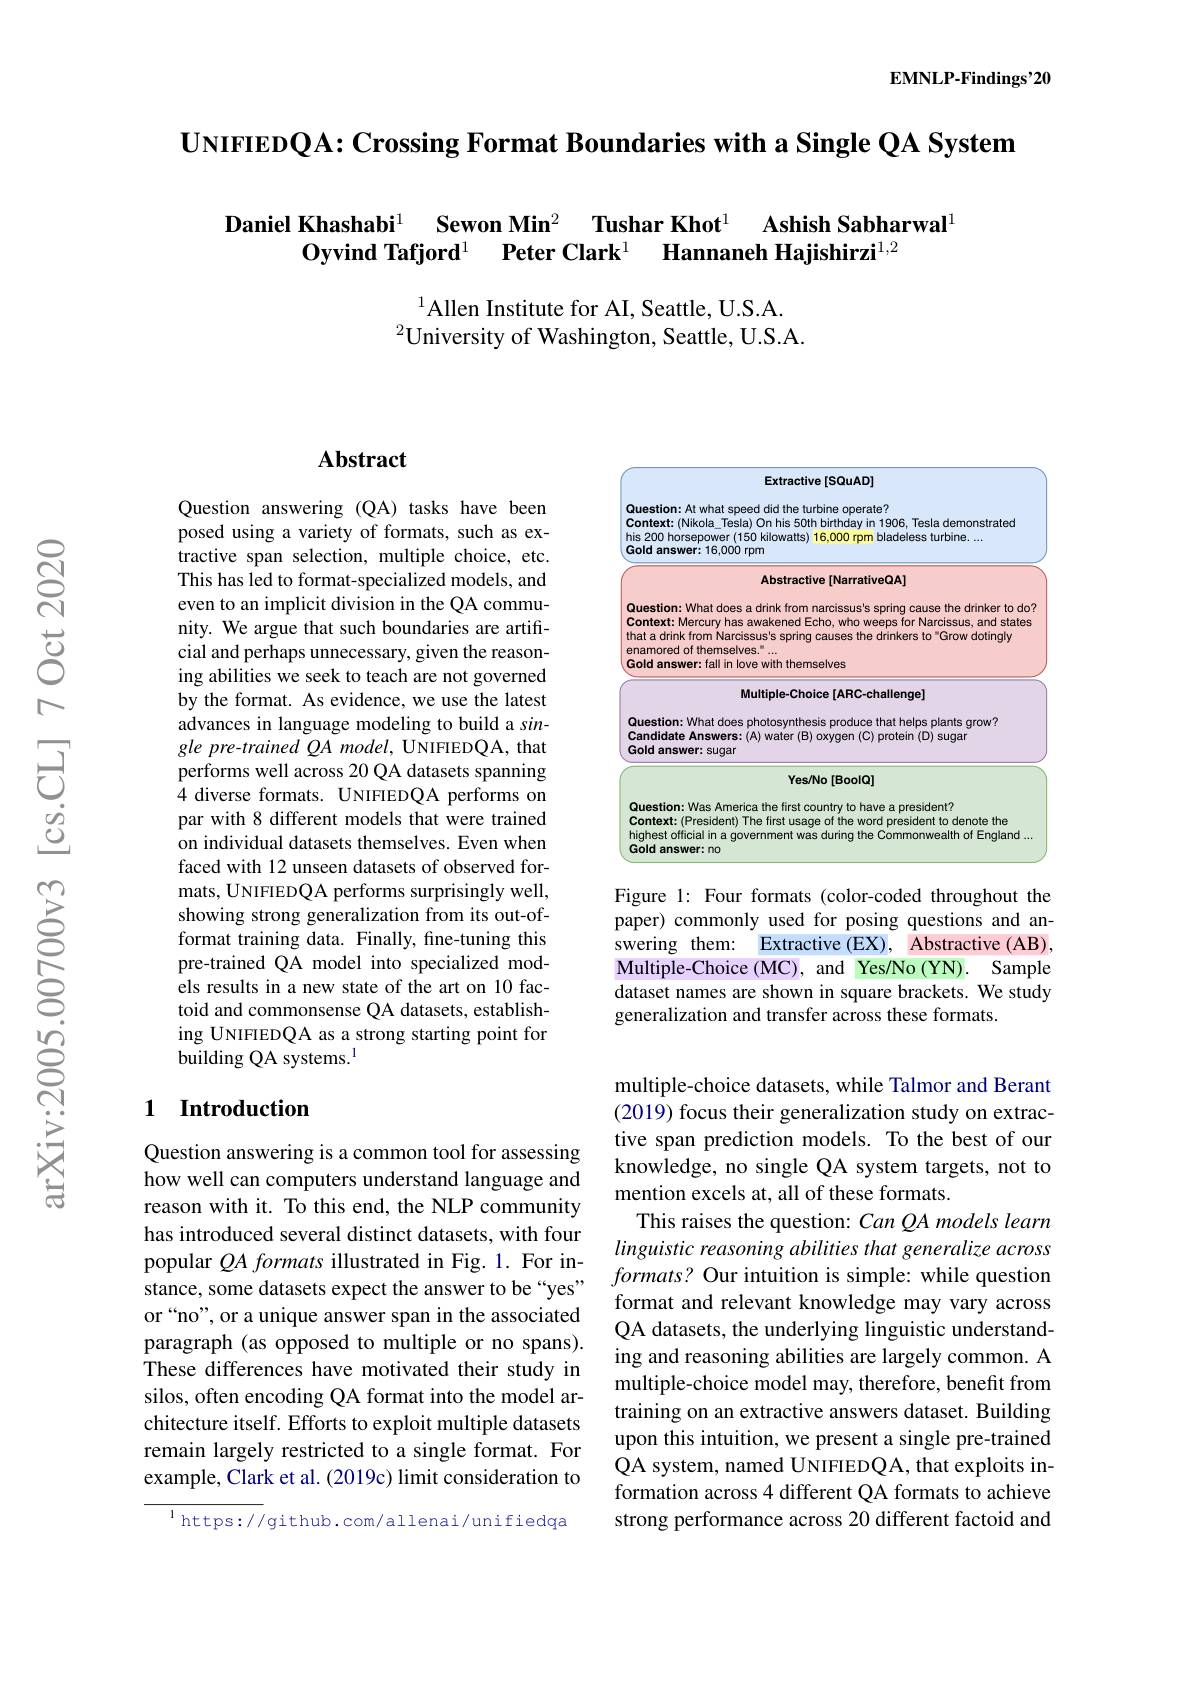
EMNLP-Findings'20

UNIFIEDQA: Crossing Format Boundaries with a Single QA System

Daniel Khashabi$^{1}$ $\textbf{Sewon Min}^{2}$ $\textbf{Tushar Khot}^{1}$
## Ashish Sabharwal$^{1}$
Oyvind Tafjord$^{1}$ Peter Clark$^{1}$ Hannaneh Hajishirzi$^{1,2}$

$^{1}$Allen Institute for AI, Seattle, U.S.A.
$^{2}$University of Washington, Seattle, U.S.A.

## Abstract

Question answering (QA) tasks have been posed using a variety of formats, such as extractive span selection, multiple choice, etc. This has led to format-specialized models, and even to an implicit division in the QA community. We argue that such boundaries are artificial and perhaps unnecessary, given the reasoning abilities we seek to teach are not governed by the format. As evidence, we use the latest advances in language modeling to build a single pre-trained QA model, UNIFIEDQA, that performs well across 20 QA datasets spanning 4 diverse formats. UNIFIEDQA performs on par with 8 different models that were trained on individual datasets themselves. Even when faced with 12 unseen datasets of observed formats, UNIFIEDQA performs surprisingly well, showing strong generalization from its out-offormat training data. Finally, fine-tuning this pre-trained QA model into specialized models results in a new state of the art on 10 factoid and commonsense QA datasets, establishing UNIFIEDQA as a strong starting point for building QA systems.$^{\mathrm{l}}$

### 1 Introduction

Question answering is a common tool for assessing how well can computers understand language and reason with it. To this end, the NLP community has introduced several distinct datasets, with four popular $QA\textit{formats illustrated in Fig. 1. For in- }$ stance, some datasets expect the answer to be “yes” or “no”, or a unique answer span in the associated paragraph (as opposed to multiple or no spans). These differences have motivated their study in silos, often encoding QA format into the model architecture itself. Efforts to exploit multiple datasets remain largely restricted to a single format. For example, Clark et al. (2019c) limit consideration to

$^{1}$https://github.com/allenai/unifiedqa

<FigureHere>
Figure 1: Four formats (color-coded throughout the

paper) commonly used for posing questions and answering them: Extractive (EX), Abstractive (AB), Multiple-Choice (MC), and Yes/No (YN). Sample dataset names are shown in square brackets. We study generalization and transfer across these formats.

multiple-choice datasets, while Talmor and Berant (2019) focus their generalization study on extractive span prediction models. To the best of our knowledge, no single QA system targets, not to mention excels at, all of these formats.
This raises the question: Can QA models learn linguistic reasoning abilities that generalize across formats? Our intuition is simple: while question format and relevant knowledge may vary across QA datasets, the underlying linguistic understanding and reasoning abilities are largely common. A multiple-choice model may, therefore, benefit from training on an extractive answers dataset. Building upon this intuition, we present a single pre-trained QA system, named UNIFIEDQA, that exploits information across 4 different QA formats to achieve strong performance across 20 different factoid and